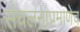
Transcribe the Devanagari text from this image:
संचलनाप्रमाणेच